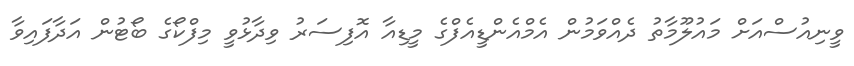
ވީނިއުސްއަށް މައުލޫމާތު ދެއްވަމުން އެމްއެންޑީއެފްގެ މީޑިއާ އޮފިސަރު ވިދާޅުވީ މިފްކޯގެ ބޯޓުން އަދާފައިވާ